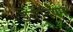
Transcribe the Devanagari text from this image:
डेवोनियम